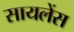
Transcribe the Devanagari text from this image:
सायलेंस